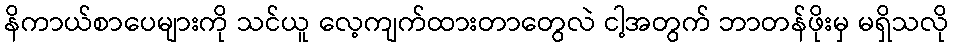
နိကာယ်စာပေများကို သင်ယူ လေ့ကျက်ထားတာတွေလဲ ငါ့အတွက် ဘာတန်ဖိုးမှ မရှိသလို